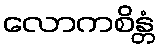
လောကစိန္တံ